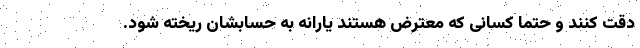
دقت کنند و حتما کسانی که معترض هستند یارانه به حسابشان ریخته شود.